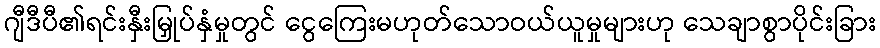
ဂျီဒီပီ၏ရင်းနှီးမြှုပ်နှံမှုတွင် ငွေကြေးမဟုတ်သောဝယ်ယူမှုများဟု သေချာစွာပိုင်းခြား